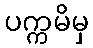
ပက္ကမိမှ